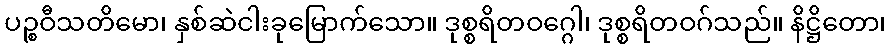
ပဉ္စဝီသတိမော၊ နှစ်ဆဲငါးခုမြောက်သော။ ဒုစ္စရိတဝဂ္ဂေါ၊ ဒုစ္စရိတဝဂ်သည်။ နိဋ္ဌိတော၊